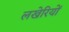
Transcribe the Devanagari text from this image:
लखेरियों